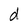
Character: d